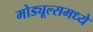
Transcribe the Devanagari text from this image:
मोड्यूल्समध्ये